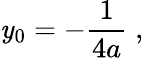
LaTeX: \mathit{y}_{0}=-{\frac{{1}}{{4a}}}\; ,